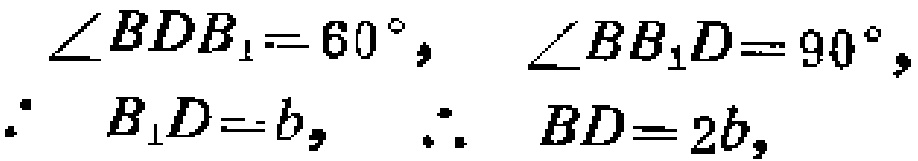
\(\angle BDB_{1}=60^{\circ},\ \angle BB_{1}D = 90^{\circ},\\
\because\ B_{1}D = b,\ \therefore\ BD = 2b,\)